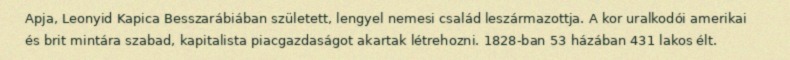
Apja, Leonyid Kapica Besszarábiában született, lengyel nemesi család leszármazottja. A kor uralkodói amerikai és brit mintára szabad, kapitalista piacgazdaságot akartak létrehozni. 1828-ban 53 házában 431 lakos élt.